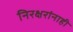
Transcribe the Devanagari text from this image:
निरक्षरांनाही